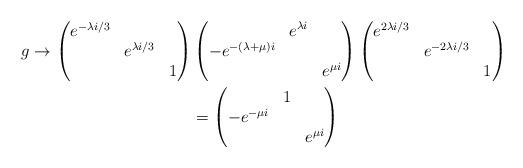
LaTeX: \begin{align*}g\to\begin{pmatrix}e^{-\lambda i/3} &&\\&e^{\lambda i/3}&\\&&1\end{pmatrix}&\begin{pmatrix}&e^{\lambda i}&\\-e^{-(\lambda+\mu)i}&&\\&&e^{\mu i}\end{pmatrix}\begin{pmatrix}e^{2\lambda i/3} &&\\&e^{-2\lambda i/3}&\\&&1\end{pmatrix}\\&= \begin{pmatrix}&1&\\-e^{-\mu i}&&\\&&e^{\mu i}\end{pmatrix}\end{align*}